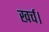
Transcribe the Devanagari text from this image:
खर्च।